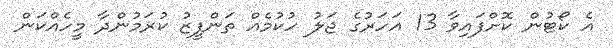
އެ ކޯޓުން ކޮށްފައިވާ 13 އަހަރުގެ ޖަލު ހުކުމެއް ތަންފީޒު ކުރަމުންދާ މީހެއްކަން